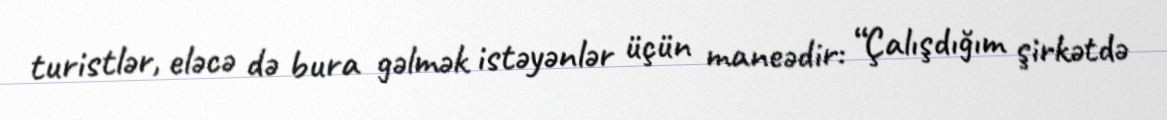
turistlər, eləcə də bura gəlmək istəyənlər üçün maneədir: “Çalışdığım şirkətdə